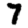
Digit: 7